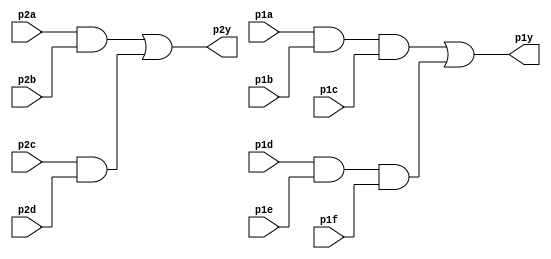
module top_module ( 
    input p1a, p1b, p1c, p1d, p1e, p1f,
    output p1y,
    input p2a, p2b, p2c, p2d,
    output p2y );
    wire w[3:0];
    and g1(w[0],p2a,p2b);
    and g2(w[1],p2c,p2d);
    or g3(p2y,w[0],w[1]);
    and g4(w[2],p1a,p1b,p1c);
    and g5(w[3],p1d,p1e,p1f);
    or g6(p1y,w[2],w[3]);
endmodule